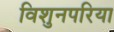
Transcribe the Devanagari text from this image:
विशुनपरिया